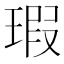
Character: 瑕